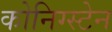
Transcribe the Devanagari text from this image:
कोनिग्स्टेन